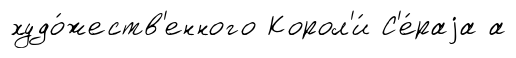
худо́жеств'енного Корол'и́ С'е́раjа а